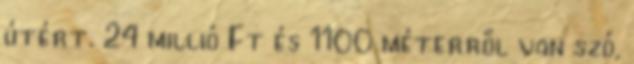
útért. 24 millió Ft és 1100 méterről van szó,